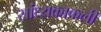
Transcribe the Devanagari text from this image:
सांध्यकाकली